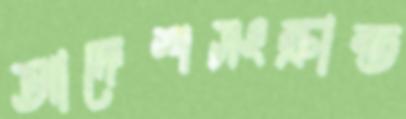
আদেশসংক্রান্ত